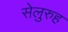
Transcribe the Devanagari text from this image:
सेलुरुह